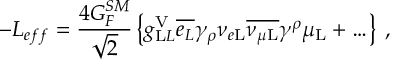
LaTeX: - { \cal { L } } _ { e f f } = \frac { 4 G _ { F } ^ { S M } } { \sqrt { 2 } } \left\{ g _ { \mathrm L L } ^ { \mathrm V } \overline { { { e _ { L } } } } \gamma _ { \rho } \nu _ { e \mathrm L } \overline { { { \nu _ { \mu \mathrm L } } } } \gamma ^ { \rho } \mu _ { \mathrm L } + \ldots \right\} \; ,